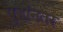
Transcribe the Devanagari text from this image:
युद्धांनतर